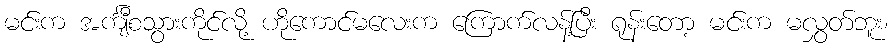
မင်းက အင်္ကျီစသွားကိုင်လို့ ဟိုကောင်မလေးက ကြောက်လန့်ပြီး ရုန်းတော့ မင်းက မလွှတ်ဘူး၊